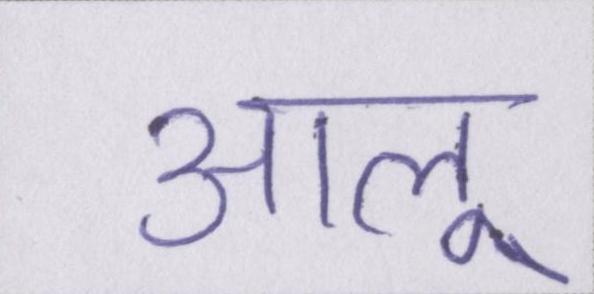
आलू